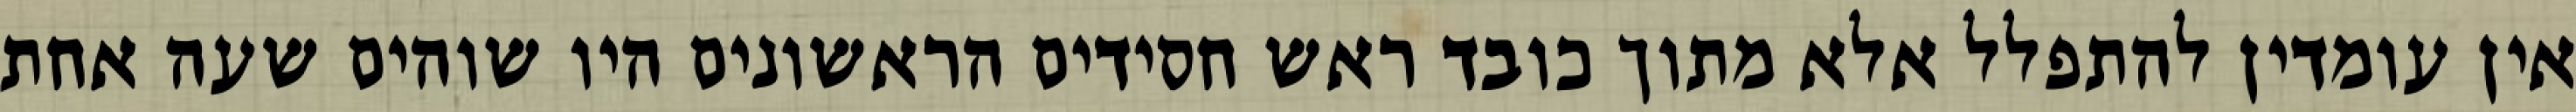
אין עומדין להתפלל אלא מתוך כובד ראש חסידים הראשונים היו שוהים שעה אחת